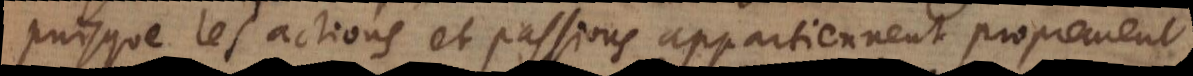
puisque les actions et passions appartiennent proprement